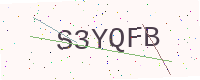
Text: S3YQFB